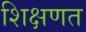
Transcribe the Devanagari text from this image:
शिक्षणत